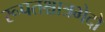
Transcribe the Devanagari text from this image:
रूपतश्चात्रभेदो